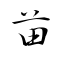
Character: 苗